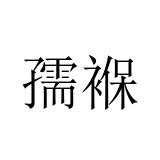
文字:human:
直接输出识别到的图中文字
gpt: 孺褓